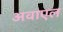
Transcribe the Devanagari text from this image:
अवाएल